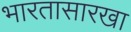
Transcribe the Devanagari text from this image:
भारतासारखा